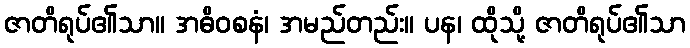
ဇာတိရုပ်၏သာ။ အဓိဝစနံ၊ အမည်တည်း။ ပန၊ ထိုသို့ ဇာတိရုပ်၏သာ